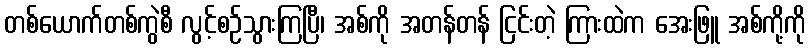
တစ်ယောက်တစ်ကွဲစီ လွင့်စဉ်သွားကြပြီ၊ အစ်ကို အတန်တန် ငြင်းတဲ့ ကြားထဲက အေးဖြူ အစ်ကို့ကို